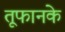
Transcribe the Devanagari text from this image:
तूफानके